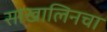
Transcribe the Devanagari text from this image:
साखालिनचा